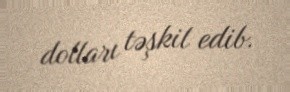
dolları təşkil edib.